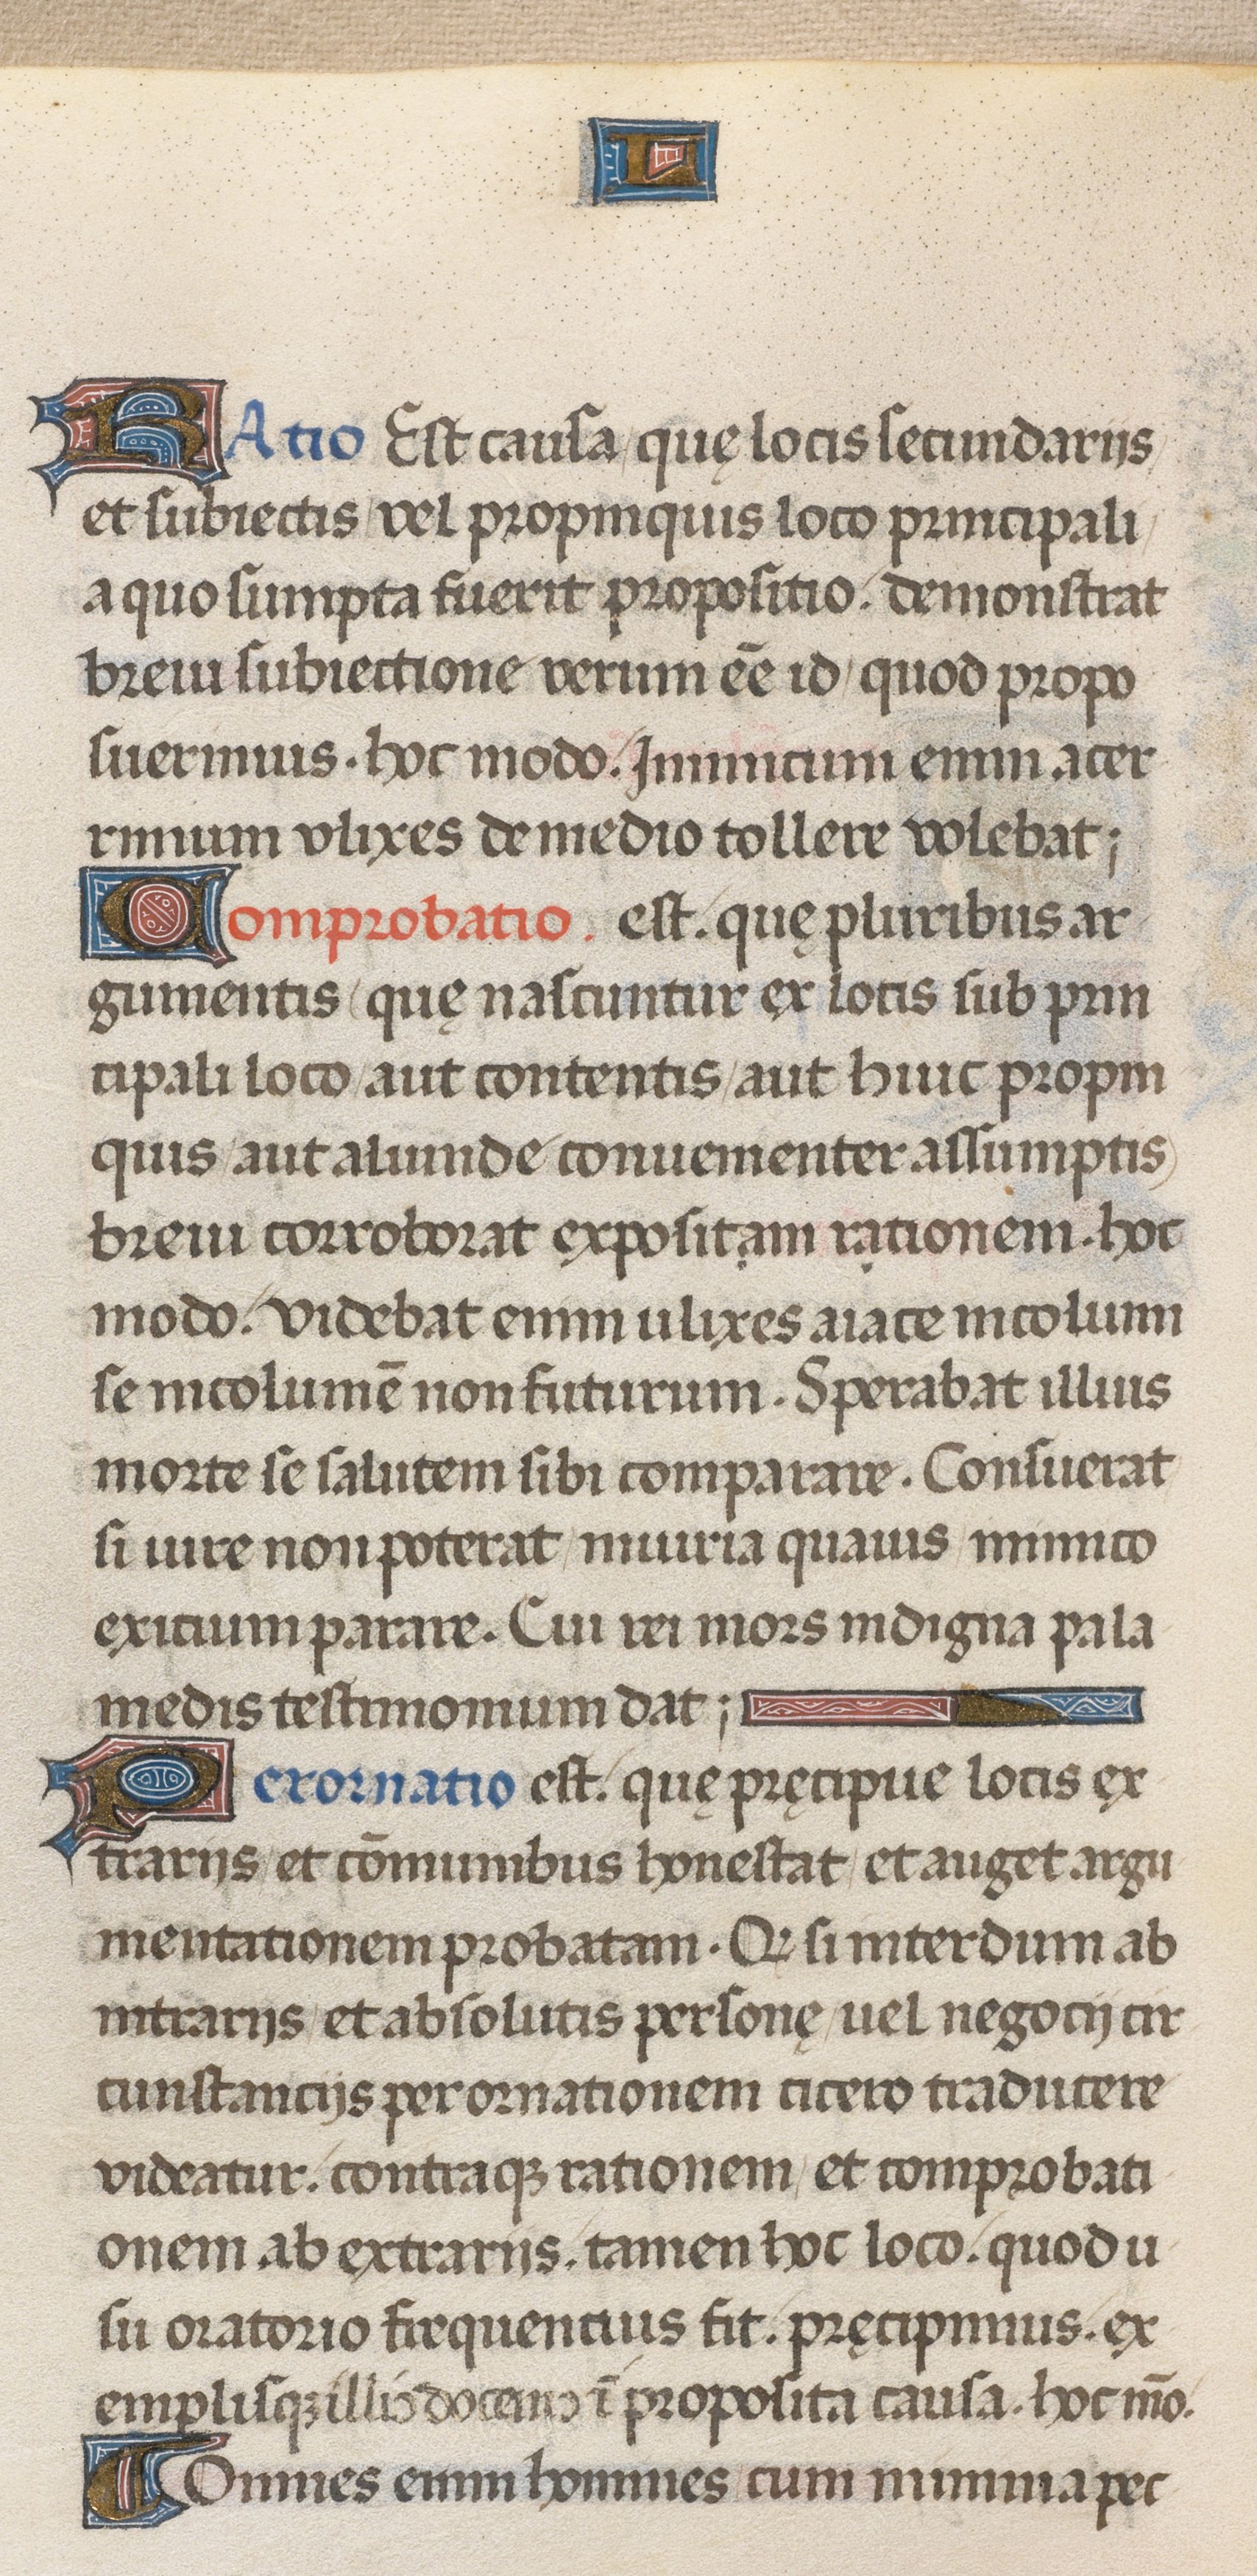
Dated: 1471–1471